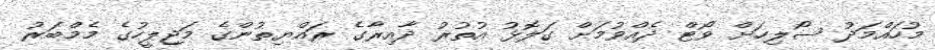
މުހައްމަދު ސޯލިހަށް ވޯޓް ދެއްވުމަށް ގަލޮޅު އުތުރު ދާއިރާގެ ރައްޔިތުންގެ މަޖިލީހުގެ މެމްބަރު